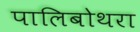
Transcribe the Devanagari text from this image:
पालिबोथरा